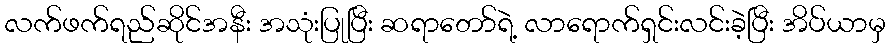
လက်ဖက်ရည်ဆိုင်အနီး အသုံးပြုပြီး ဆရာတော်ရဲ့ လာရောက်ရှင်းလင်းခဲ့ပြီး အိပ်ယာမှ